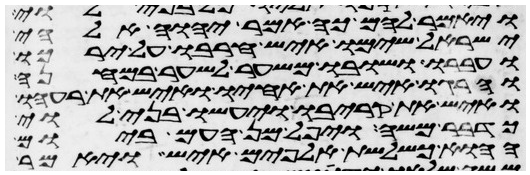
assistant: ויאמר להם כה אמר יהוה אלהי
ישראל שימו איש חרבו על ירכו
ועברו ושובו משער לשער במחנה
והרגו איש את אחיו ואיש את רעהו
ואיש את קריבו ויעשו בני לוי
כדבר משה ויפל מן העם ביום
ההוא כשלשת אלפים איש ויאמר